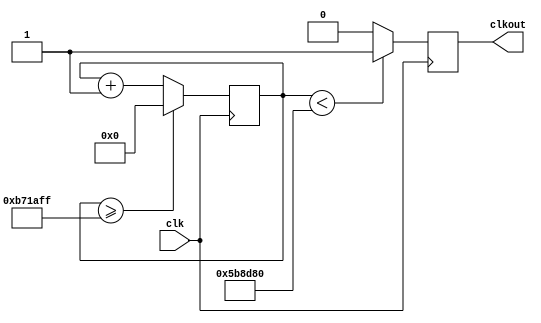
/* 	
File name: divider_integer
Module Function: Implementation of a clock frequency divider

This code implements a clock divider which supports for all integer divisors. 
Note: if the divisor is 'odd' number, the output duty cycle is not exactly 50%; but if the divider is higher than
99 you can practically neglect this.

This example code can also be found in Chapter 3 of the STEPFPGA tutorial book written by EIM Technology.
Website: www.eimtechnology.com

Copyright License: MIT
*/

// To set for different divisor, you only need to change these two parameters
module divider_integer # (           
    parameter   N     = 12000000,	// the divisor
    parameter   WIDTH = 24 			// the minimum bit-width to hold this divisor
)  
(
    input clk,
    output reg clkout 
);
reg [WIDTH-1:0] cnt; 
always @ (posedge clk) begin
    if(cnt>=(N-1))
        cnt <= 1'b0;
    else
        cnt <= cnt + 1'b1;
    clkout <= (cnt<N/2)?1'b1:1'b0;
end
endmodule